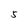
Character: 5